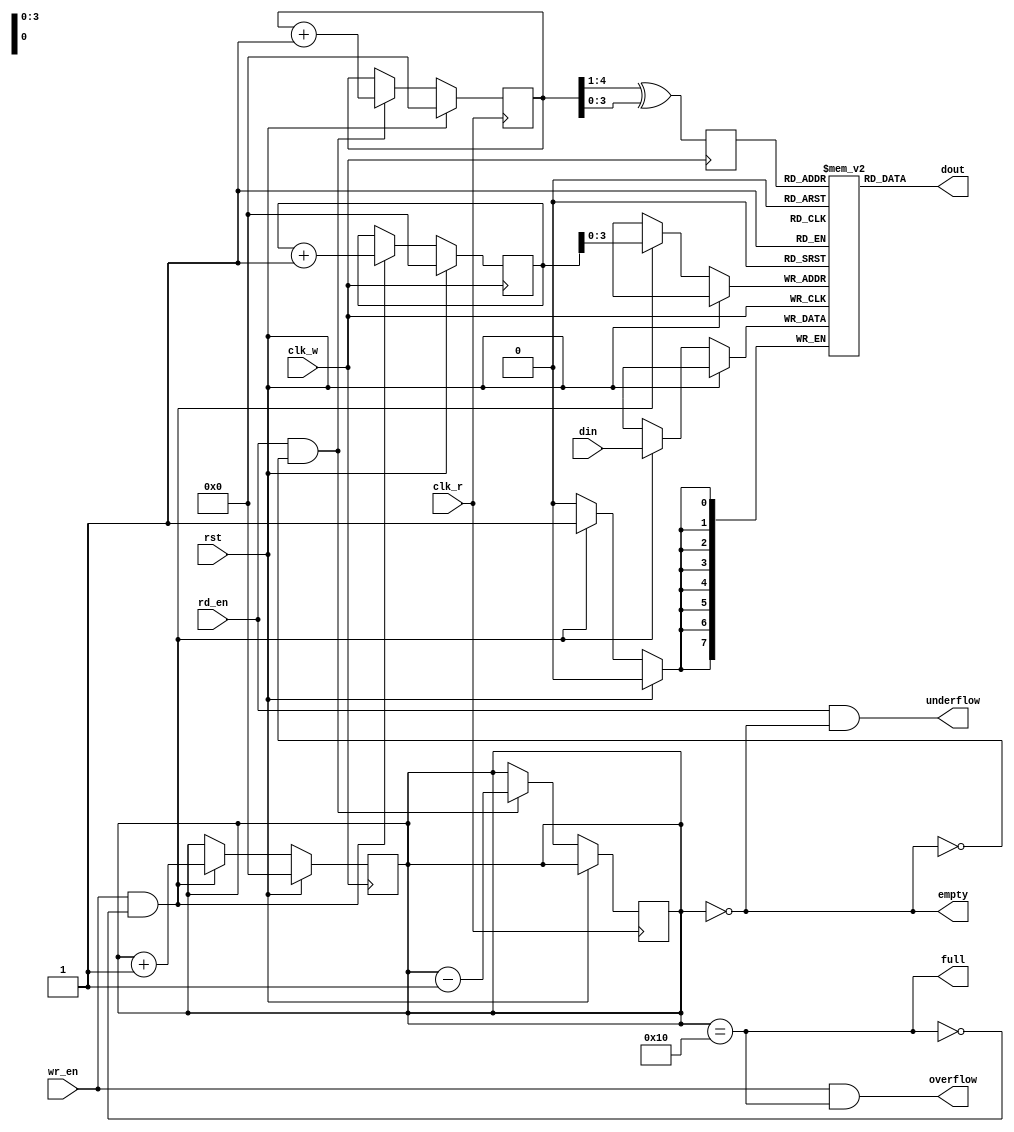
module dual_clock_fifo #(
    parameter DATA_WIDTH = 8,  // Width of each data entry
    parameter DEPTH = 16        // Maximum number of entries in the FIFO
) (
    input wire clk_w,           // Write clock
    input wire clk_r,           // Read clock
    input wire rst,             // Synchronous reset
    input wire wr_en,           // Write enable
    input wire rd_en,           // Read enable
    input wire [DATA_WIDTH-1:0] din, // Data input
    output wire [DATA_WIDTH-1:0] dout, // Data output
    output wire full,           // Full flag
    output wire empty,          // Empty flag
    output wire overflow,       // Overflow flag
    output wire underflow       // Underflow flag
);

    // Internal signals and registers
    reg [DATA_WIDTH-1:0] fifo_mem [0:DEPTH-1]; // FIFO memory array
    reg [clog2(DEPTH)-1:0] wr_ptr;              // Write pointer
    reg [clog2(DEPTH)-1:0] rd_ptr;              // Read pointer
    reg [clog2(DEPTH+1)-1:0] count;             // Number of entries in FIFO
    reg [clog2(DEPTH)-1:0] wr_ptr_sync;         // Synchronized write pointer
    reg [clog2(DEPTH)-1:0] rd_ptr_sync;         // Synchronized read pointer

    // Internal Gray code conversion
    function [clog2(DEPTH)-1:0] gray_code;
        input [clog2(DEPTH)-1:0] binary;
        begin
            gray_code = (binary >> 1) ^ binary;
        end
    endfunction

    // Count signals
    assign full = (count == DEPTH);
    assign empty = (count == 0);
    assign overflow = wr_en & full;
    assign underflow = rd_en & empty;

    // Write operation
    always @(posedge clk_w) begin
        if (rst) begin
            wr_ptr <= 0;
            count <= 0;
        end else if (wr_en && !full) begin
            fifo_mem[wr_ptr] <= din;
            wr_ptr <= wr_ptr + 1;
            count <= count + 1;
        end
    end

    // Read operation
    always @(posedge clk_r) begin
        if (rst) begin
            rd_ptr <= 0;
        end else if (rd_en && !empty) begin
            rd_ptr <= rd_ptr + 1;
            count <= count - 1;
        end
    end

    // Synchronize write pointer to read clock domain
    always @(posedge clk_r) begin
        wr_ptr_sync <= gray_code(wr_ptr);
    end

    // Synchronize read pointer to write clock domain
    always @(posedge clk_w) begin
        rd_ptr_sync <= gray_code(rd_ptr);
    end

    // Output data
    assign dout = fifo_mem[rd_ptr_sync];

    // Helper function to compute log2
    function integer clog2(input integer x);
        begin
            clog2 = 0;
            while (2**clog2 <= x) begin
                clog2 = clog2 + 1;
            end
        end
    endfunction

endmodule